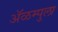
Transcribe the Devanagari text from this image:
ॲळम्पुला